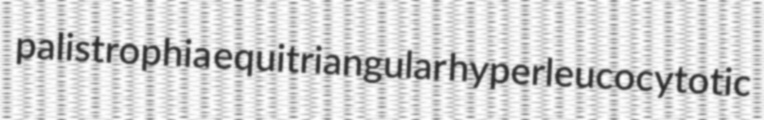
palistrophia equitriangular hyperleucocytotic